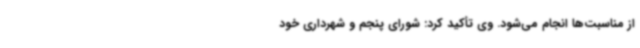
از مناسبت‌ها انجام می‌شود. وی تأکید کرد: شورای پنجم و شهرداری خود